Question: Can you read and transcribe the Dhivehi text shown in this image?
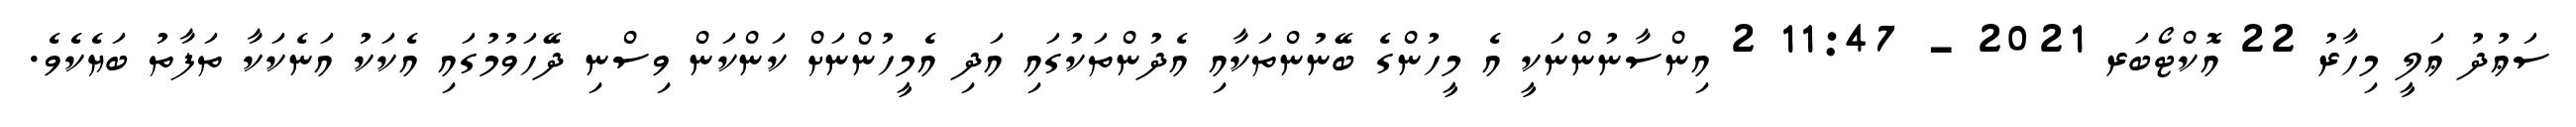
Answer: ސަޢުދު ޢަލީ މިހާރު 22 އޮކްޓޯބަރ 2021 - 11:47 2 އިންސާނުންނަކީ އެ މީހުންގެ ބޭނުންތަކާއި އެދުންތަކުގައި އަދި އެމީހުންނަށް ކަންކަން ވިސްނި ދޭހަވުމުގައި އެކަކު އަނެކަކާ ތަފާތު ބަޔެކެވެ.